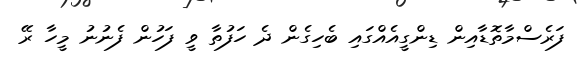
ފަރެސްމާތޮޑާއިން ޑިންގީއެއްގައި ބެހިގެން ދެ ހަފުތާ ވީ ފަހުން ފެނުނު މީހާ ރޭ